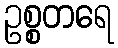
ဥစ္စတရေ